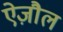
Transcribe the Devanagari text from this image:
ऐज़ौल